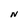
Character: N